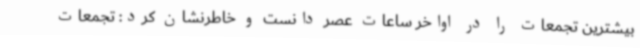
بیشترین تجمعات را در اواخر ساعات عصر دانست و خاطرنشان کرد: تجمعات